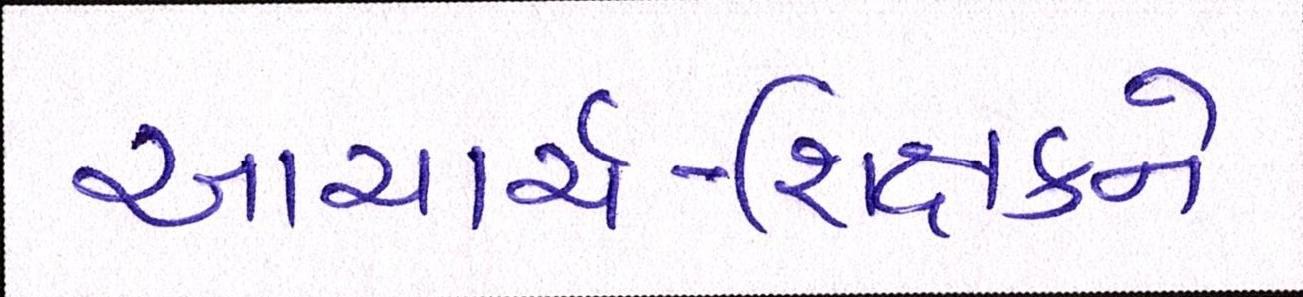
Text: આચાર્ય-શિક્ષકને